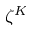
\zeta ^ { K }